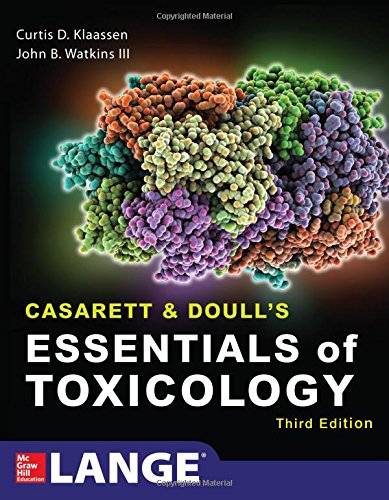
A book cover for Casarett & Doull's Essentials of Toxicology, Third Edition (Lange); Curtis Klaassen; Medical Books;